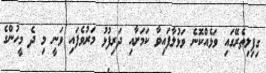
ގިފިލިތެރޭގައި ވަޅެއްކޮނެ ވަޅުލާފައިވާ ކަމަށާއި ދަރިފުޅު މަރުވެފައި ވަނީ މި ދެ މީހުންގެ